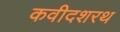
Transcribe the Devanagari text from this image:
कवीदशरथ